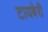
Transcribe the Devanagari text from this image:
टायबेरी